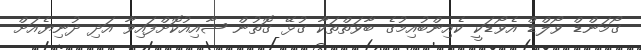
ގޯމަންޑް ވޯލްޑް އެވޯޑަކީ ކެއިންބުއިމުގެ ބާވަތްތަކާ ގުޅޭ ގޮތުން ޝާއިއުކޮށްފައިވާ އަދި ދުނިޔެއަށް